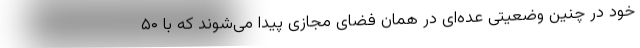
خود در چنین وضعیتی عده‌ای در همان فضای مجازی پیدا می‌شوند که با ۵۰